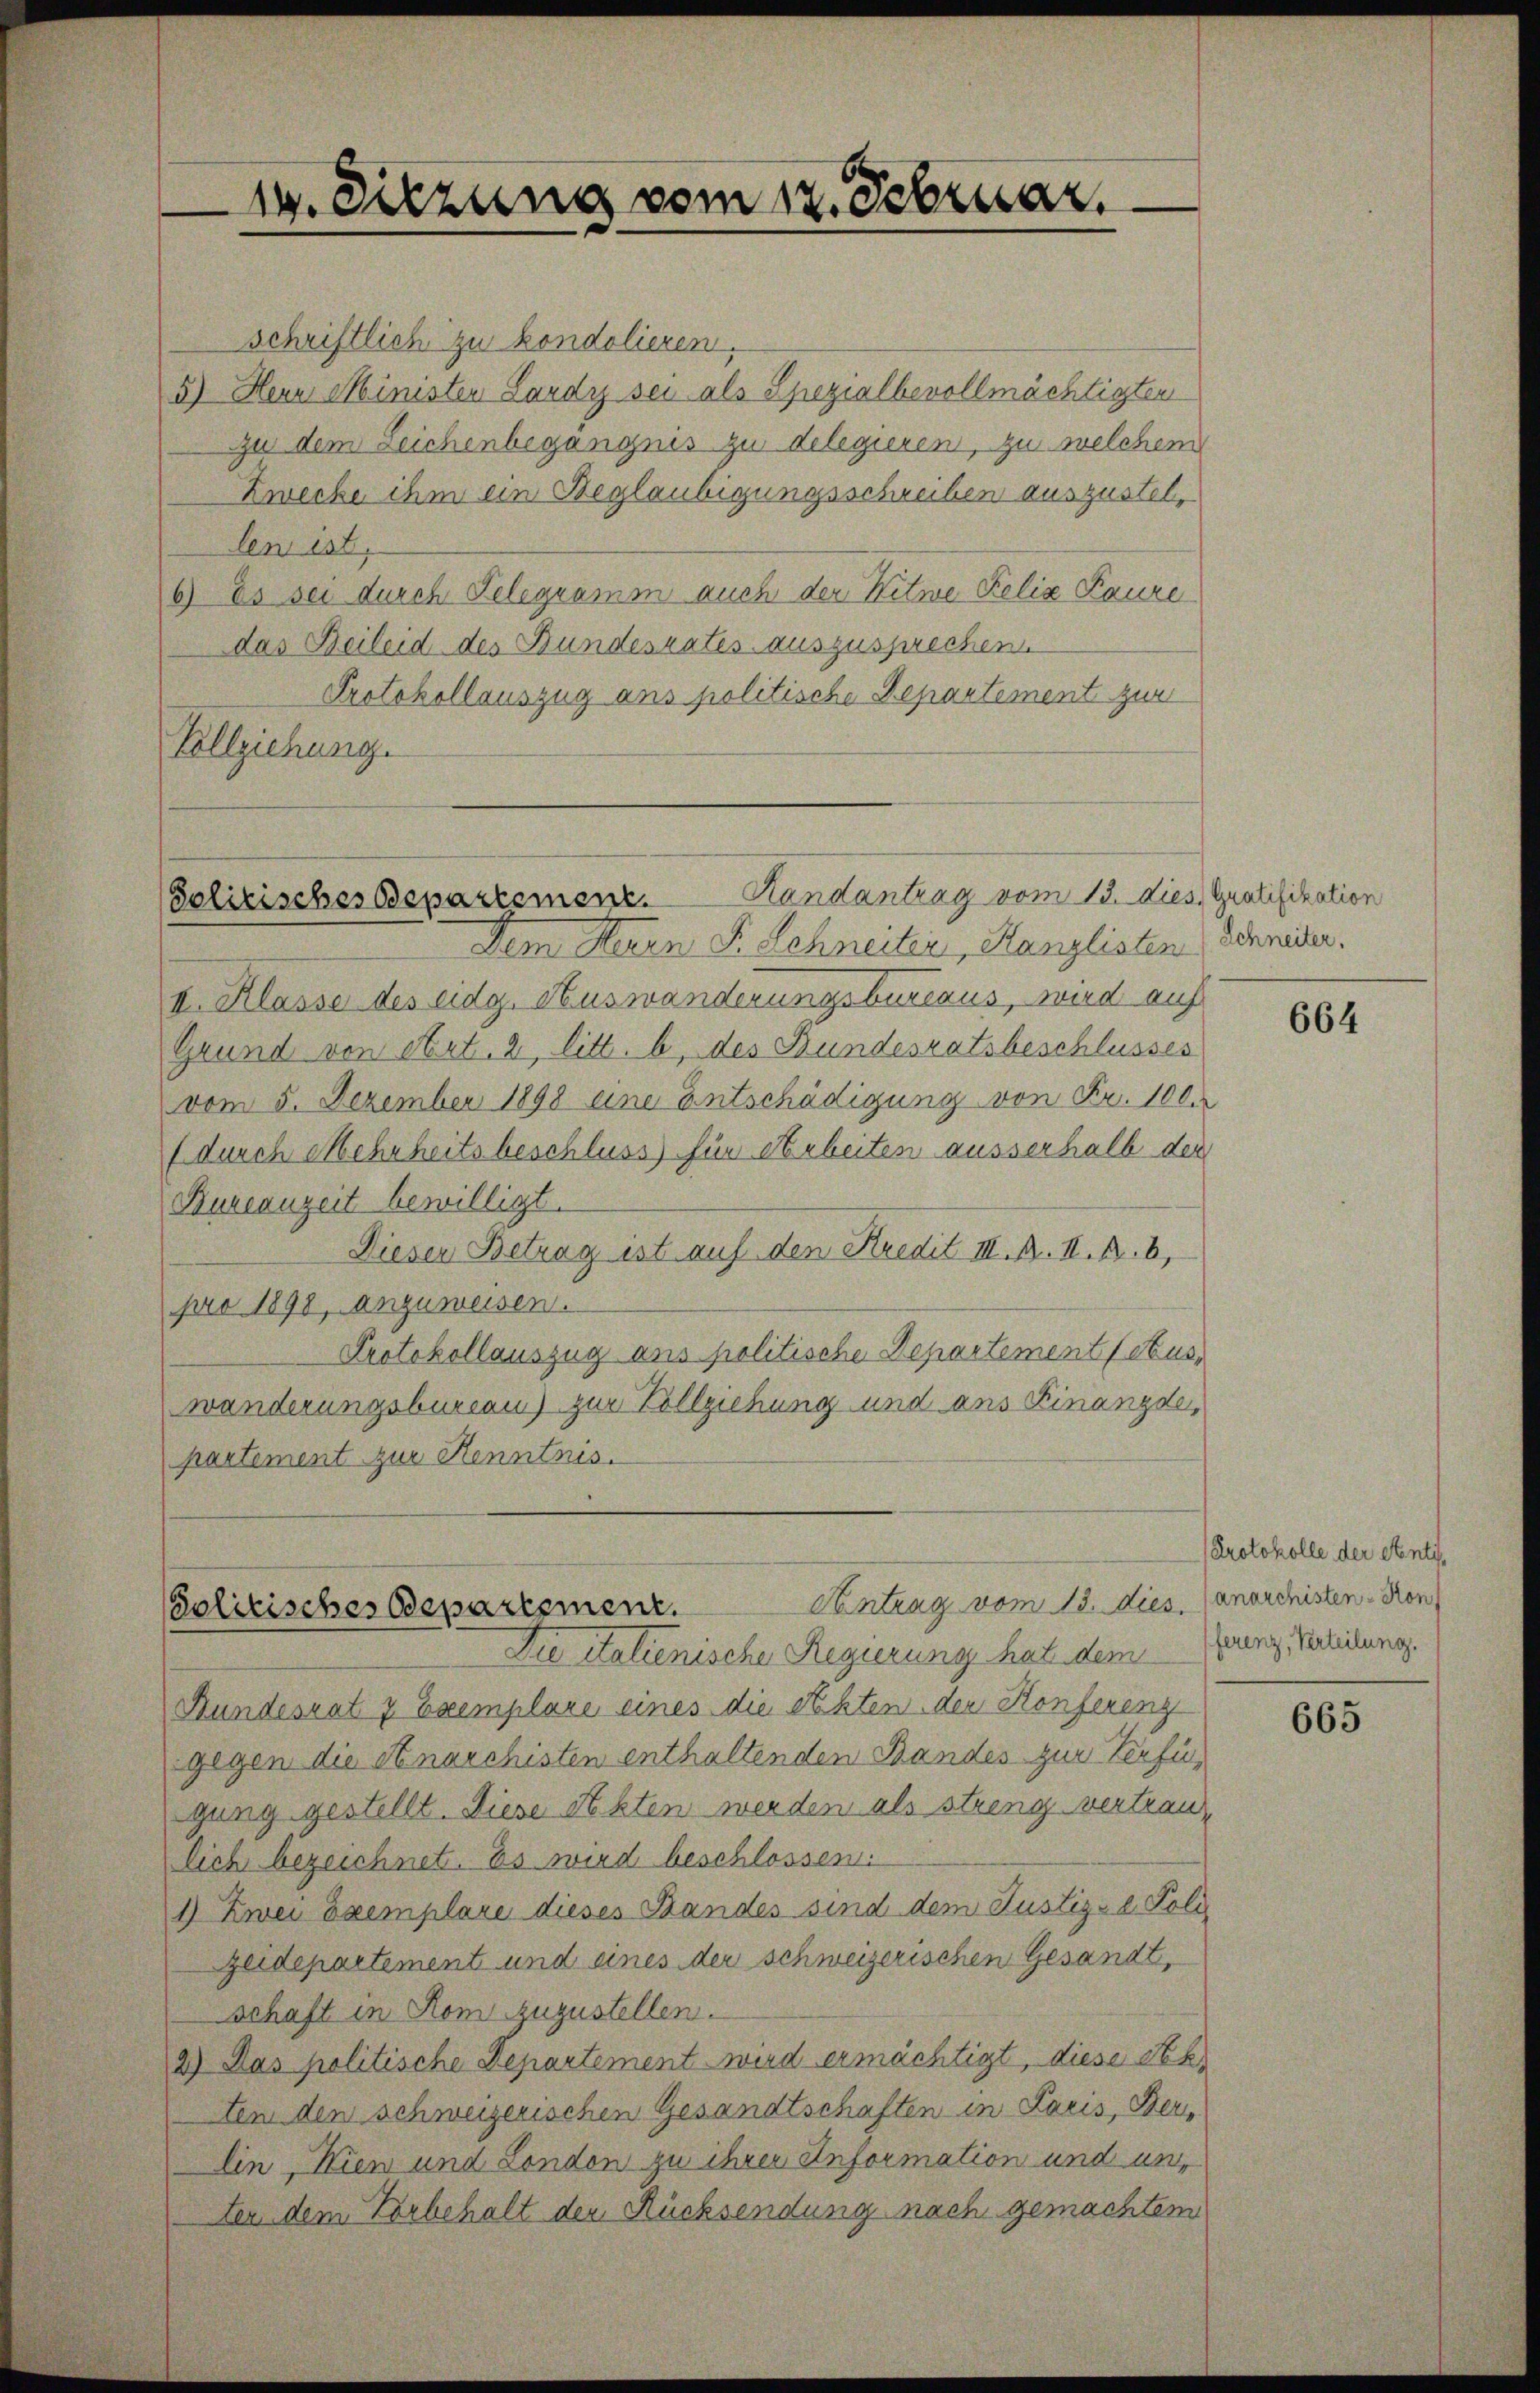
14. Sitzung vom 12. Februar.

Randantrag vom 13. dies Gratifikation
Solitisches Departement.

schriftlich zu kondolieren.
5) Herr Ministen Lardy sei als Spezialbevollmächtigten
zu dem Leichenbegangnis zu delegieren, zu welchem
Zwecke ihm ein Beglaubigungsschreiben auszustellen ist,
6) Es sei durch Telegramm auch der Kitwe Felix Baure
das Beileid des Bundesrates auszusprechen.
Protokollauszug aus politische Departement zur
Vollziehung.

Antrag vom 13. dies. Canarchisten-Kon
Solitisches Departement.
Die italienische Regierung hat dem Grenz, Verteilung.

Dem Herrn F. Schneiter, Kanzlisten Schnider.
I. Klasse des eidg. Auswanderungsbureaus, wird auf
Grund von Art. 2, litt. b, des Bundesratsbeschlusses
vom 5. Dezember 1898 eine Entschädigung von Fr. 1000
(durch Mehrheitsbeschluss) für Arbeiten ausserhalb der
Bureauzeit bewilligt.
Dieser Betrag ist auf den Kredit III. B. II. R. 6,
pro 1890, anzuweisen.
Protokollauszug aus politische Departement (Auswänderungsbureau) zur Vollziehung und ans Finanzde,
partement zur Kenntnis.

Bundesrat 7 Exemplare eines die Richten der Konferenz
gegen die Anarchisten enthaltenden Bandes zur Verfügung gestellt. Diese Sekten werden als streng vertraulich bezeichnet. Es wird beschlossen:
1) Zwei Exemplare dieses Bandes sind dem Justiz- & Poli
zeidepartement und eines der schweizerischen Gesandt,
schaft in Rom zuzustellen.
2) Das politische Departement wird ermächtigt, diese Ak
ten den schweizerischen Gesandtschaften in Paris, Ders
lin Wien und London zu ihrer Anformation und unten dem Vorbehalt der Rücksendung nach gemachtem

664

Protokolle der etenti¬

665